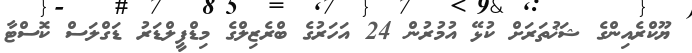
ޔޫކްރެއިންގެ ޝަޚުތަރަށް ކުޅޭ އުމުރުން 24 އަހަރުގެ ބްރެޒިލްގެ މިޑްފީލްޑަރު ޑަގްލަސް ކޮސްޓާ